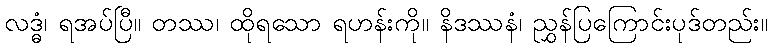
လဒ္ဓံ၊ ရအပ်ပြီ။ တဿ၊ ထိုရသော ရဟန်းကို။ နိဒဿနံ၊ ညွှန်ပြကြောင်းပုဒ်တည်း။